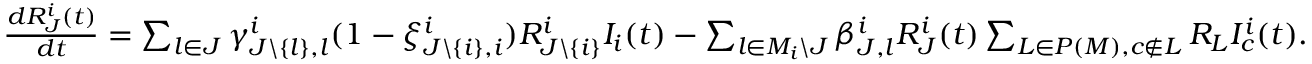
\begin{array} { l } { \frac { d R _ { J } ^ { i } ( t ) } { d t } = \sum _ { l \in J } \gamma _ { J \backslash \{ l \} , l } ^ { i } ( 1 - \xi _ { J \backslash \{ i \} , i } ^ { i } ) R _ { J \backslash \{ i \} } ^ { i } I _ { i } ( t ) - \sum _ { l \in M _ { i } \backslash J } \beta _ { J , l } ^ { i } R _ { J } ^ { i } ( t ) \sum _ { L \in P ( M ) , c \not \in L } R _ { L } I _ { c } ^ { i } ( t ) . } \end{array}